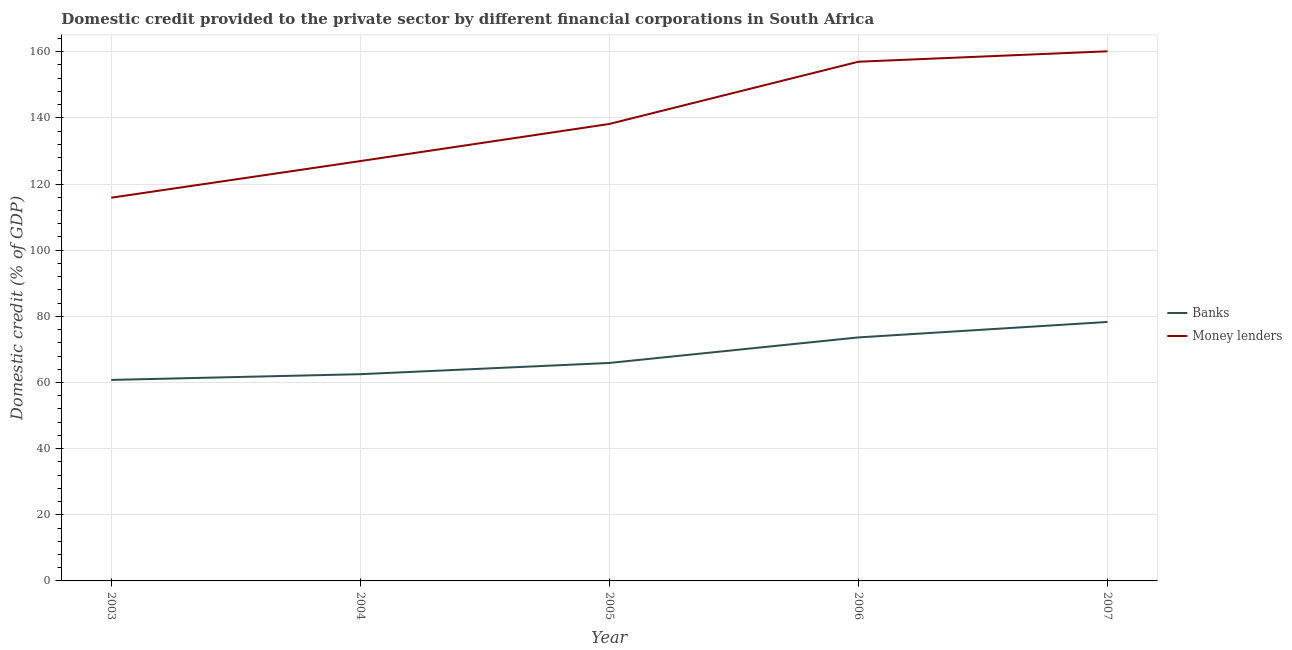
| Year | Banks | Money lenders |
 | --- | --- | --- |
 | 2003 | 60.8 | 116 |
 | 2004 | 62.5 | 127 |
 | 2005 | 65.9 | 138 |
 | 2006 | 73.6 | 157 |
 | 2007 | 78.3 | 160 |